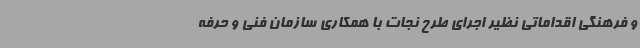
و فرهنگی اقداماتی نظیر اجرای طرح نجات با همکاری سازمان فنی و حرفه